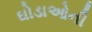
ઘોડાઓની